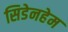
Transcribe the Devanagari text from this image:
सिडेनहेम